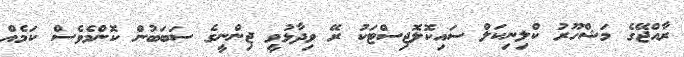
ރާއްޖޭގެ މަޝްހޫރު ކްލިނިކަލް ސައިކޮލޮޖިސްޓަކު ރޭ ވިދާޅުވީ ޖިންނީގެ ސަބަބުން ކޮންމެވެސް ކަމެއް